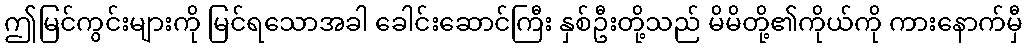
ဤမြင်ကွင်းများကို မြင်ရသောအခါ ခေါင်းဆောင်ကြီး နှစ်ဦးတို့သည် မိမိတို့၏ကိုယ်ကို ကားနောက်မှီ